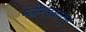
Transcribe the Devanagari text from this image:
मंत्रीमंडळातून